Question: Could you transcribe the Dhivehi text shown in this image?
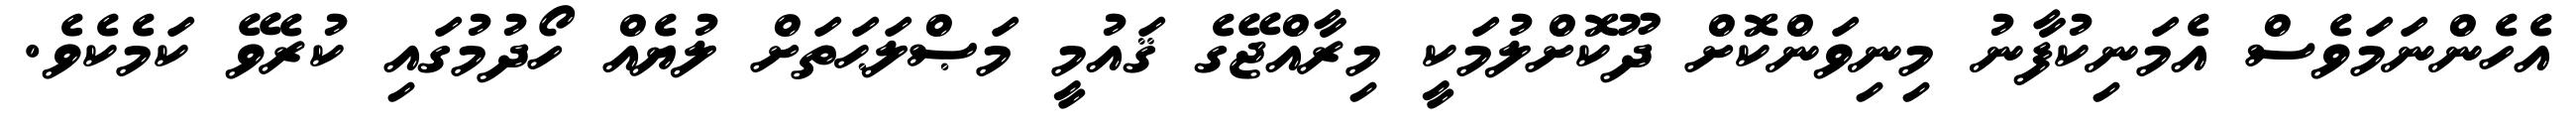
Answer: އެހެންނަމަވެސް އެމަނިކުފާނު މިނިވަންކޮށް ދޫކޮށްލުމަކީ މިރާއްޖޭގެ ޤައުމީ މަޞްލަޙަތަށް ލުޔެއް ހޯދުމުގައި ކުރެވޭ ކަމެކެވެ.